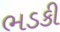
ભડકી